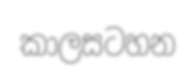
කාලසටහන